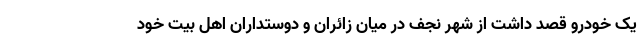
یک خودرو قصد داشت از شهر نجف در میان زائران و دوستداران اهل بیت خود